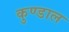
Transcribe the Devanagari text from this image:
कुण्डाल